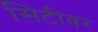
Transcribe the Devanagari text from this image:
सिटीवर